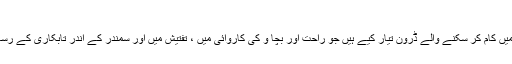
زیرِآب کام کرنے والے ڈرون
سَم پریتی بھٹا چاریہ نے گہرے پانی میں کام کر سکنے والے ڈرون تیار کیے ہیں جو راحت اور بچا ؤ کی کاروائی میں ، تفتیش میں اور سمندر کے اندر تابکاری کے رساؤ کو روکنے میں مد د کر سکتے ہیں۔